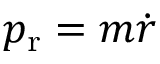
p _ { \mathrm { r } } = m { \dot { r } }